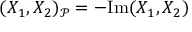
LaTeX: ( X _ { 1 } , X _ { 2 } ) _ { \mathcal { P } } = - \mathrm { I m } ( X _ { 1 } , X _ { 2 } )